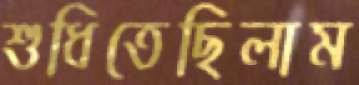
শুধিতেছিলাম